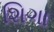
શિગા